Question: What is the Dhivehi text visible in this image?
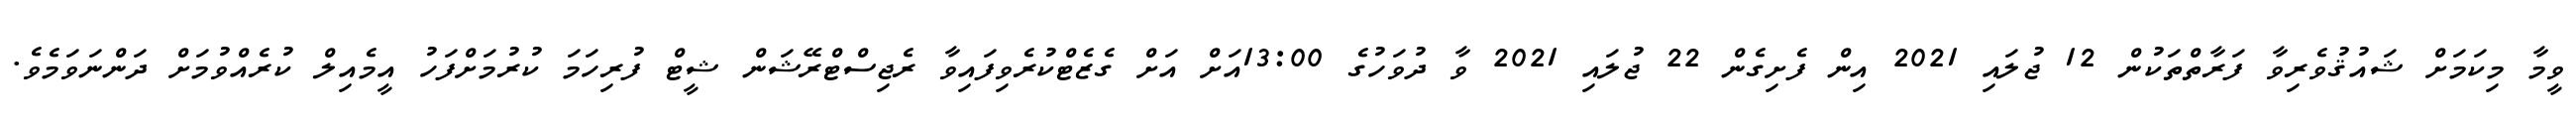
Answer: ވީމާ މިކަމަށް ޝައުޤުވެރިވާ ފަރާތްތަކުން 12 ޖުލައި 2021 އިން ފެށިގެން 22 ޖުލައި 2021 ވާ ދުވަހުގެ 13:00އަށް އަށް ގެޒެޓްކުރެވިފައިވާ ރެޖިސްޓްރޭޝަން ޝީޓް ފުރިހަމަ ކުރުމަށްފަހު އީމެއިލް ކުރެއްވުމަށް ދަންނަވަމެވެ.